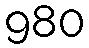
980